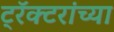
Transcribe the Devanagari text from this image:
ट्रॅक्टरांच्या